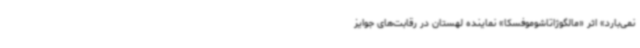
نمی‌بارد» اثر «مالگوژاتاشوموفسکا» نماینده لهستان در رقابت‌های جوایز